Civil Veterinary Dept. Bombay admin report 1900-1906 - 1900-1906
Year: 1900
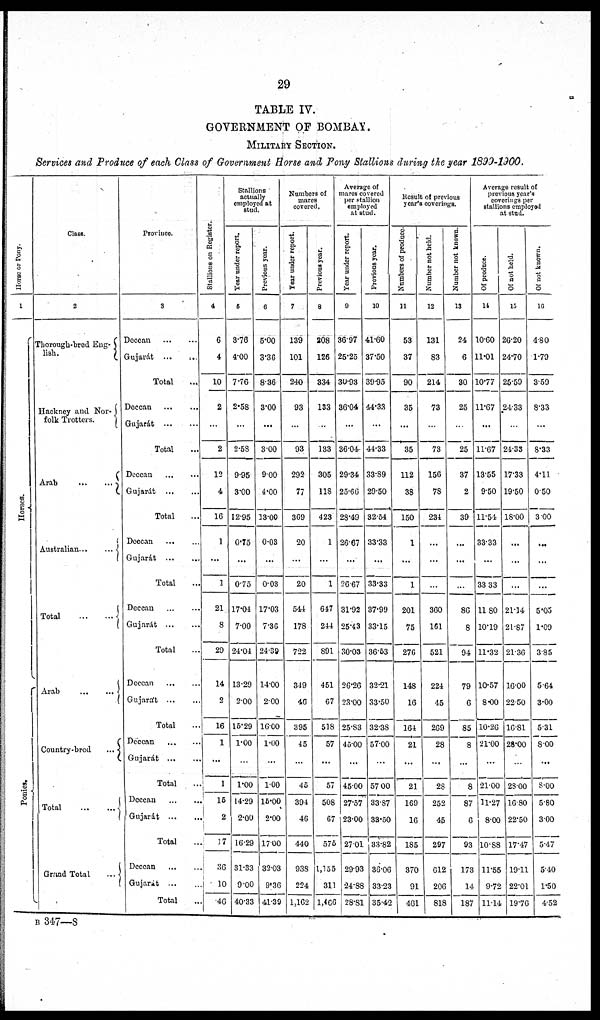
29
TABLE IV.
GOVERNMENT OF BOMBAY.
MILITARY SECTION.
Services and Produce of each Class of Government Horse and Pony Stallions during the year 1899-1900.
Hor s e or Pony.
1
Horses.
Poni es.
Class.
2
Thorough-bred Eng-
lish.
Hackney and Nor-
folk Trotters.
Arab
...
...
Australian
...
...
Total
...
...
Arab
...
...
Country-bred
...
Total
...
...
Grand Total
...
Province.
3
Deccan
...
...
Gujarát
... ...
Total
Deccan ... ...
Gujarát
...
...
Total ...
Deccan
...
...
Gujarat
...
...
Total ...
Deccan
...
...
Gujarat
...
...
Total ...
Deccan ... ...
Gujarat ... ...
Total
...
Deccan
...
...
Gujarát ... ...
Total ...
Deccan
...
...
Gujarat
...
...
Total
...
Deccan
...
...
Gujarát
...
...
Total ...
Deccan ... ...
Gujarat
...
Total ...
St al l
i
ons on Register.
4
6
4
10
2
...
2
12
4
16
1
...
1
21
8
29
14
2
16
1
...
1
15
2
17
36
10
46
Stallions
actually
employed at
stud.
Year under report.
5
3.76
4.00
7.76
2.58
...
2.58
9.95
3.00
12.95
0.75
...
075
17.04
7.00
24.04
13.29
2.00
15.29
1.00
...
1.00
14.29
2.00
16.29
31.33
9.00
40.33
Previous year.
6
5.00
3.36
836
3.00
...
3.00
900
4.00
13.00
0.03
...
0.03
17.03
7.36
24.39
14.00
2.00
16.00
1.00
...
100
15.00
2.00
1700
32.03
9.36
41.39
Numbers of
mare
covered.
Tear under report.
7
139
101
240
93
...
93
292
77
369
20
...
20
544
178
722
349
40
395
45
...
45
394
46
440
938
224
1,162
Previousyear.
8
208
126
334
133
...
133
305
118
423
1
...
1
647
214
891
451
67
518
57
...
57
508
67
575
1,155
311
1,466
Average of
mares covered
per stallion
employed
at stud.
Year under report.
9
36.97
25.25
30.93
36.04
...
36.04
29.34
25.66
28.49
26.67
...
26.67
31.92
25.43
30.03
26.26
23.00
25.83
45.00
...
45.00
27.57
23.00
27.01
29.93
24.88
28.81
Previous year.
10
41.60
37.50
39.95
44.33
...
44.33
33.89
29.50
32.54
33.33
...
33.33
37.99
33.15
36.53
32.21
33.50
32.38
57.00
...
57 00
33.87
33.50
33.82
36.06
3323
35.42
Result of previous
year's coverings.
Numbers of produce.
11
53
37
90
35
...
35
112
38
150
1
...
1
201
75
276
148
16
164
21
...
21
169
16
185
370
91
461
Number not held.
12
131
83
214
73
...
73
156
78
234
...
...
...
360
161
521
224
45
269
28
...
28
252
45
297
612
206
818
Number not known.
13
24
6
30
25
...
25
37
2
39
...
...
86
8
94
79
6
85
8
...
8
87
6
93
173
14
187
Average result of
previous year's
coverings per
stallions employed
at stud.
Of produce.
14
10.60
11.01
10.77
11.67
...
11.67
13.55
9.50
11.54
33.33
...
33 33
11 80
10.19
11.32
10.57
8.00
10.26
21.00
...
21.00
11.27
8.00
10.88
11.55
9.72
11.14
Of not held.
15
26.20
24.70
25.59
24.33
...
24.33
17.33
19.50
18.00
...
...
21.14
21.87
21.36
16.00
22.50
16.81
28.00
...
28.00
16.80
22.50
17.47
19.11
22.01
19.76
Of not known.
16
4.80
1.79
3.59
8.33
...
8.33
4.11
050
3.00
...
...
5.05
1.09
3.85
5.64
3.00
5.31
8.00
...
8.00
5.80
3.00
5.47
5.40
1.50
4.52
B 347—8